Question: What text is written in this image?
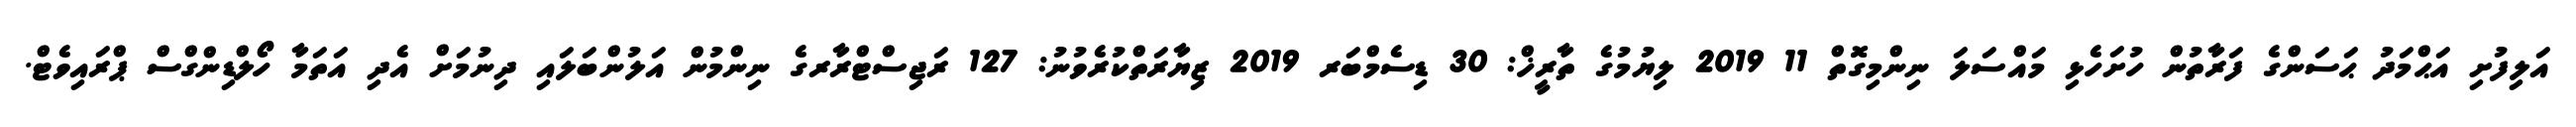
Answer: އަލިފުށި އަޙްމަދު ޙަސަންގެ ފަރާތުން ހުށަހެޅި މައްސަލަ ނިންމިގޮތް 11 2019 ލިޔުމުގެ ތާރީޚް: 30 ޑިސެމްބަރ 2019 ޒިޔާރަތްކުރެވުނު: 127 ރަޖިސްޓްރާރގެ ނިންމުން އަލުންބަލައި ދިނުމަށް އެދި އަތަމާ ހޯލްޑިންގްސް ޕްރައިވެޓް.